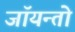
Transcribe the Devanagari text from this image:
जॉयन्तो